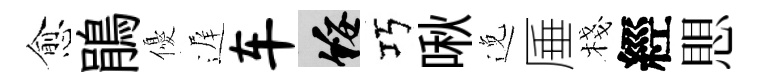
愈鵑優遅车綏巧啾𨓜厜棧經愳